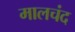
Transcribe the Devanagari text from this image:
मालचंद